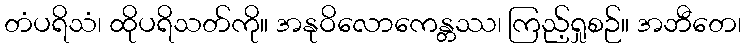
တံပရိသံ၊ ထိုပရိသတ်ကို။ အနုဝိလောကေန္တဿ၊ ကြည့်ရှုစဉ်။ အဘီတေ၊